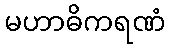
မဟာဓိကရဏံ